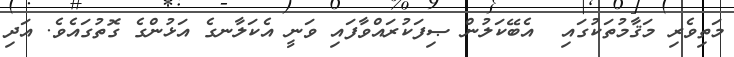
މަތިވެރި މަޤާމުތަކުގައި  އެބޭކަލުން ޞިފަކުރައްވާފައި ވަނީ އެކަލާނގެ އަޅުންގެ ގޮތުގައެވެ. އަދި